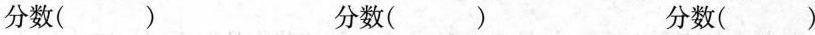
分数( ) 分数( ) 分数()